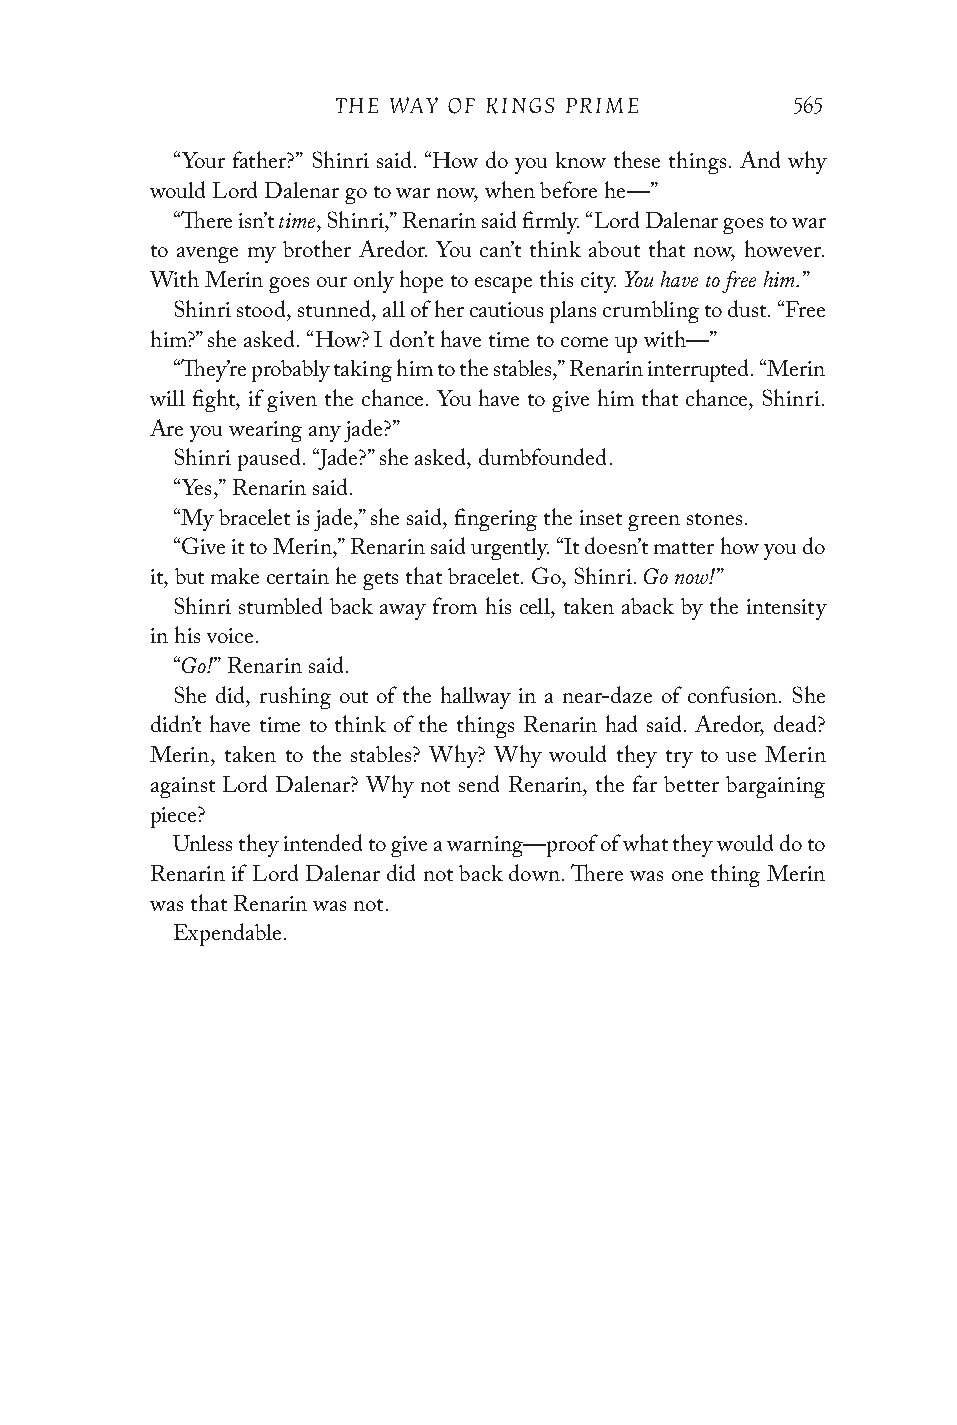
THE WAY OF KINGS PRIME        565
 “Your father?” Shinri said. “How do you know these things. And why
 would Lord Dalenar go to war now, when before he—”
 time
 “There isn’t , Shinri,” Renarin said firmly. “Lord Dalenar goes to war
 to avenge my brother Aredor. You can’t think about that now, however.
 You have to free him.
 With Merin goes our only hope to escape this city. ”
 Shinri stood, stunned, all of her cautious plans crumbling to dust. “Free
 him?” she asked. “How? I don’t have time to come up with—”
 “They’re probably taking him to the stables,” Renarin interrupted. “Merin
 will fight, if given the chance. You have to give him that chance, Shinri.
 Are you wearing any jade?”
 Shinri paused. “Jade?” she asked, dumbfounded.
 “Yes,” Renarin said.
 “My bracelet is jade,” she said, fingering the inset green stones.
 “Give it to Merin,” Renarin said urgently. “It doesn’t matter how you do
 Go now!
 it, but make certain he gets that bracelet. Go, Shinri. ”
 Shinri stumbled back away from his cell, taken aback by the intensity
 in his voice.
 Go!
 “  ” Renarin said.
 She did, rushing out of the hallway in a near-daze of confusion. She
 didn’t have time to think of the things Renarin had said. Aredor, dead?
 Merin, taken to the stables? Why? Why would they try to use Merin
 against Lord Dalenar? Why not send Renarin, the far better bargaining
 piece?
 Unless they intended to give a warning—proof of what they would do to
 Renarin if Lord Dalenar did not back down. There was one thing Merin
 was that Renarin was not.
 Expendable.